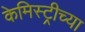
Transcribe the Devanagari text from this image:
केमिस्ट्रीच्या